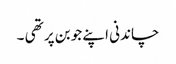
چاندنی اپنے جوبن پر تھی ۔